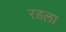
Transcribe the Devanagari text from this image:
रडला